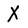
Character: X